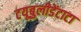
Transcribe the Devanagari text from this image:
टयूबुलीडेंटाटा